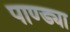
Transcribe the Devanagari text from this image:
पाण्ड्या